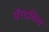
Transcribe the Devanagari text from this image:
पॅरटबिल